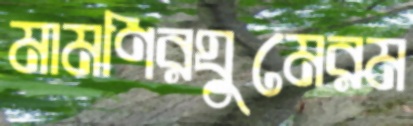
মামণিরঘুমেরম